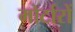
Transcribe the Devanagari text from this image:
मोर्टारों